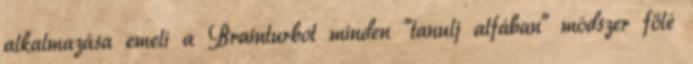
alkalmazása emeli a Brainturbot minden "tanulj alfában" módszer fölé